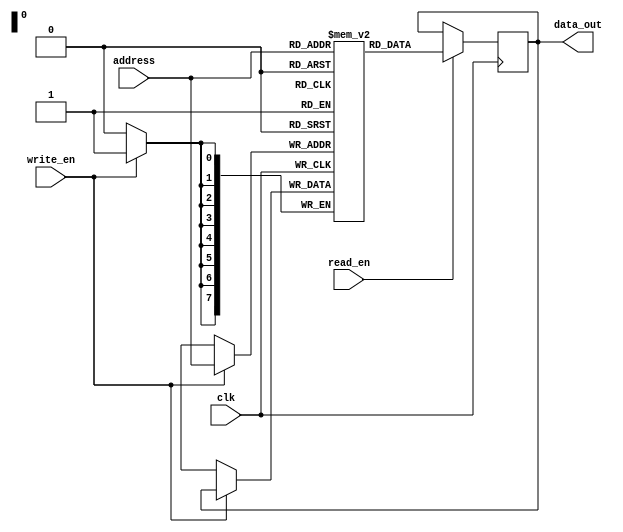
module DRAM(
  input wire clk, // Clock signal
  input wire [7:0] address, // Address input
  input wire write_en, // Write enable signal
  input wire read_en, // Read enable signal
  output reg [7:0] data_out // Data output
);

reg [7:0] memory [0:255]; // Memory blocks
reg [7:0] row, col; // Row and column select signals

// Decoder logic to select row and column
always @ (address)
begin
  row = address[7:4];
  col = address[3:0];
end

// Write data to memory
always @ (posedge clk)
begin
  if(write_en)
    memory[address] <= data_out;
end

// Read data from memory
always @ (posedge clk)
begin
  if(read_en)
    data_out <= memory[address];
end

// Refresh mechanism
always @ (posedge clk)
begin
  // Add refresh mechanism logic here
end

endmodule